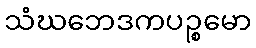
သံဃဘေဒကပဉ္စမော